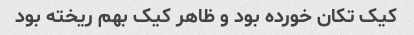
کیک تکان خورده بود و ظاهر کیک بهم ریخته بود